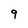
Character: 9